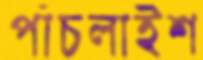
পাঁচলাইশ